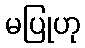
မပြုဟု